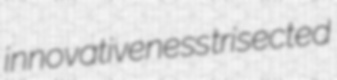
innovativeness trisected